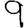
Digit: 9